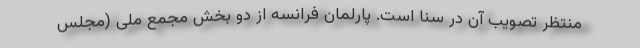
منتظر تصویب آن در سنا است. پارلمان فرانسه از دو بخش مجمع ملی (مجلس